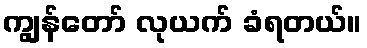
ကျွန်တော် လုယက် ခံရတယ်။